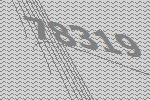
78319